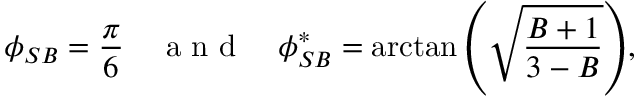
\phi _ { S B } = \frac { \pi } { 6 } \quad \mathrm { ~ a ~ n ~ d ~ } \quad \phi _ { S B } ^ { * } = \arctan { \left( \sqrt { \frac { B + 1 } { 3 - B } } \right) } ,